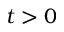
t > 0